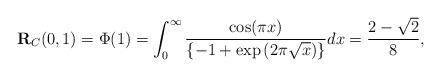
LaTeX: \begin{align*}\textbf{R}_{C}(0,1)=\Phi(1)=\int_{0}^{\infty}\frac{\cos(\pi x)}{\{-1+\exp{(2\pi\sqrt{x})}\}}dx=\frac{2-\sqrt{2}}{8},\end{align*}